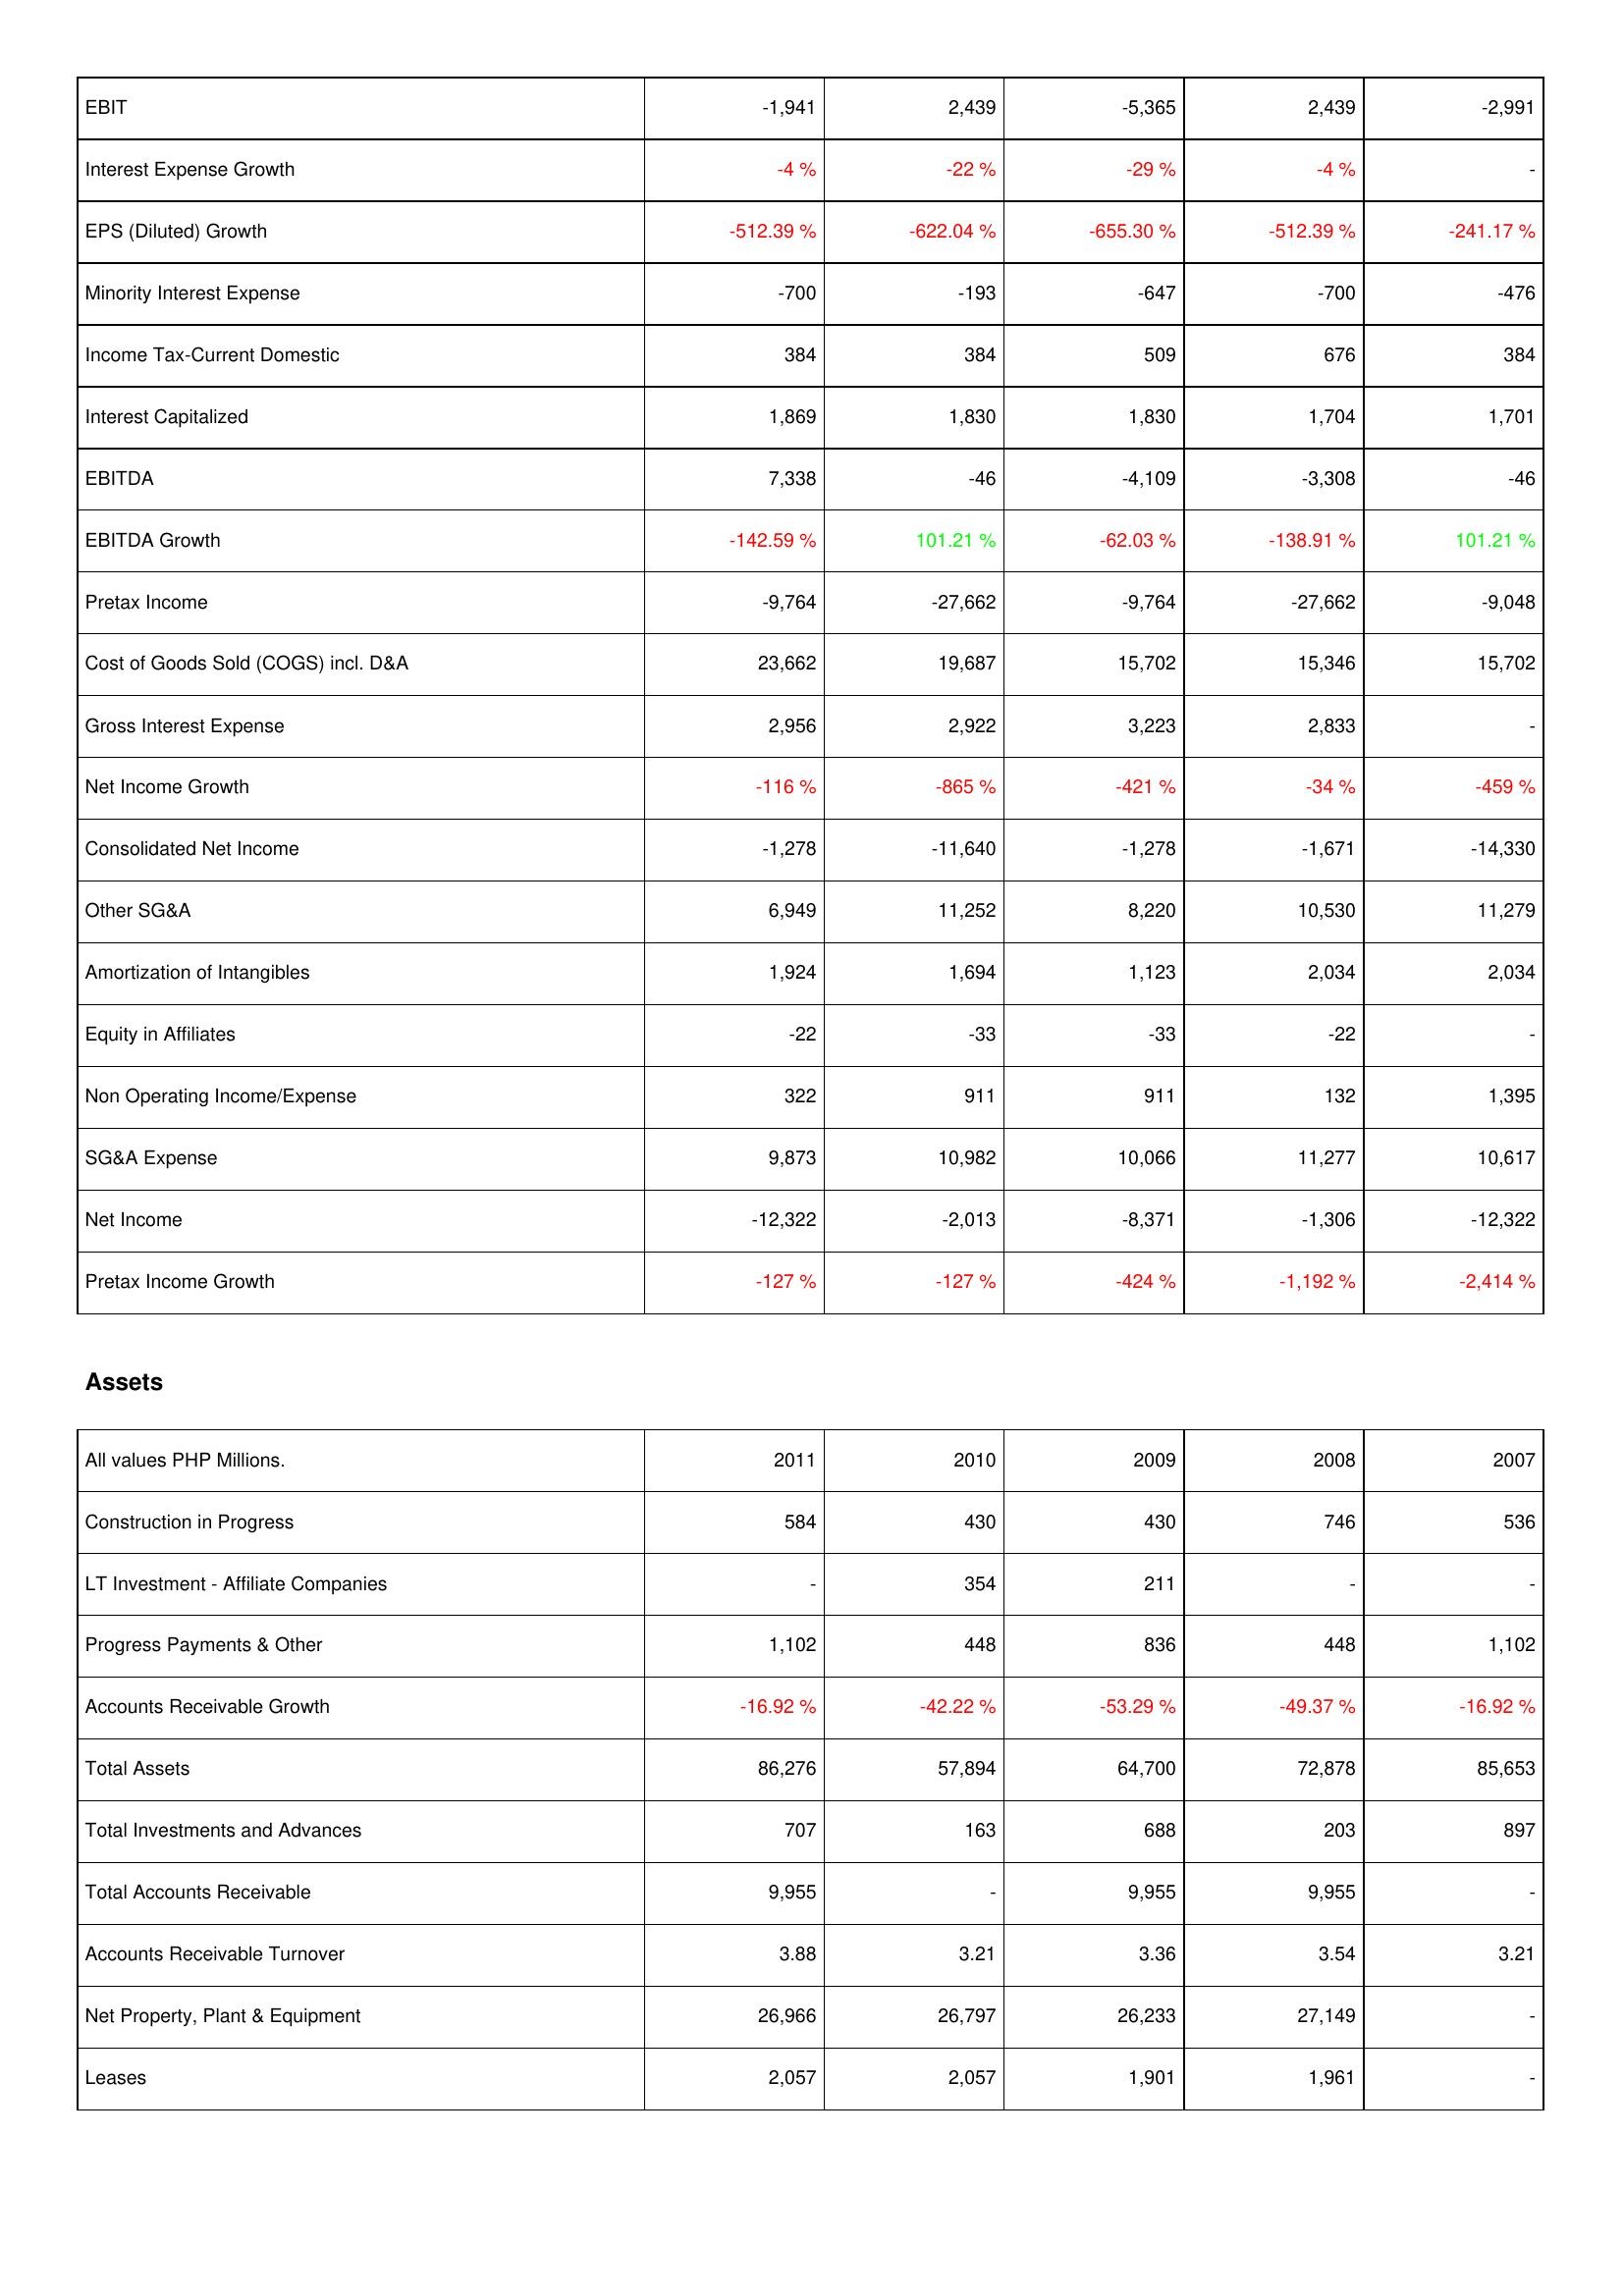
2011: Income Statement: EBIT: -1,941
Interest Expense Growth: -4 %
EPS (Diluted) Growth: -512.39 %
Minority Interest Expense: -700
Income Tax-Current Domestic: 384
Interest Capitalized: 1,869
EBITDA: 7,338
EBITDA Growth: -142.59 %
Pretax Income: -9,764
Cost of Goods Sold (COGS) incl. D&A: 23,662
Gross Interest Expense: 2,956
Net Income Growth: -116 %
Consolidated Net Income: -1,278
Other SG&A: 6,949
Amortization of Intangibles: 1,924
Equity in Affiliates: -22
Non Operating Income/Expense: 322
SG&A Expense: 9,873
Net Income: -12,322
Pretax Income Growth: -127 %
Assets: Construction in Progress: 584
LT Investment - Affiliate Companies: -
Progress Payments & Other: 1,102
Accounts Receivable Growth: -16.92 %
Total Assets: 86,276
Total Investments and Advances: 707
Total Accounts Receivable: 9,955
Accounts Receivable Turnover: 3.88
Net Property, Plant & Equipment: 26,966
Leases: 2,057
2010: Income Statement: EBIT: 2,439
Interest Expense Growth: -22 %
EPS (Diluted) Growth: -622.04 %
Minority Interest Expense: -193
Income Tax-Current Domestic: 384
Interest Capitalized: 1,830
EBITDA: -46
EBITDA Growth: 101.21 %
Pretax Income: -27,662
Cost of Goods Sold (COGS) incl. D&A: 19,687
Gross Interest Expense: 2,922
Net Income Growth: -865 %
Consolidated Net Income: -11,640
Other SG&A: 11,252
Amortization of Intangibles: 1,694
Equity in Affiliates: -33
Non Operating Income/Expense: 911
SG&A Expense: 10,982
Net Income: -2,013
Pretax Income Growth: -127 %
Assets: Construction in Progress: 430
LT Investment - Affiliate Companies: 354
Progress Payments & Other: 448
Accounts Receivable Growth: -42.22 %
Total Assets: 57,894
Total Investments and Advances: 163
Total Accounts Receivable: -
Accounts Receivable Turnover: 3.21
Net Property, Plant & Equipment: 26,797
Leases: 2,057
2009: Income Statement: EBIT: -5,365
Interest Expense Growth: -29 %
EPS (Diluted) Growth: -655.30 %
Minority Interest Expense: -647
Income Tax-Current Domestic: 509
Interest Capitalized: 1,830
EBITDA: -4,109
EBITDA Growth: -62.03 %
Pretax Income: -9,764
Cost of Goods Sold (COGS) incl. D&A: 15,702
Gross Interest Expense: 3,223
Net Income Growth: -421 %
Consolidated Net Income: -1,278
Other SG&A: 8,220
Amortization of Intangibles: 1,123
Equity in Affiliates: -33
Non Operating Income/Expense: 911
SG&A Expense: 10,066
Net Income: -8,371
Pretax Income Growth: -424 %
Assets: Construction in Progress: 430
LT Investment - Affiliate Companies: 211
Progress Payments & Other: 836
Accounts Receivable Growth: -53.29 %
Total Assets: 64,700
Total Investments and Advances: 688
Total Accounts Receivable: 9,955
Accounts Receivable Turnover: 3.36
Net Property, Plant & Equipment: 26,233
Leases: 1,901
2008: Income Statement: EBIT: 2,439
Interest Expense Growth: -4 %
EPS (Diluted) Growth: -512.39 %
Minority Interest Expense: -700
Income Tax-Current Domestic: 676
Interest Capitalized: 1,704
EBITDA: -3,308
EBITDA Growth: -138.91 %
Pretax Income: -27,662
Cost of Goods Sold (COGS) incl. D&A: 15,346
Gross Interest Expense: 2,833
Net Income Growth: -34 %
Consolidated Net Income: -1,671
Other SG&A: 10,530
Amortization of Intangibles: 2,034
Equity in Affiliates: -22
Non Operating Income/Expense: 132
SG&A Expense: 11,277
Net Income: -1,306
Pretax Income Growth: -1,192 %
Assets: Construction in Progress: 746
LT Investment - Affiliate Companies: -
Progress Payments & Other: 448
Accounts Receivable Growth: -49.37 %
Total Assets: 72,878
Total Investments and Advances: 203
Total Accounts Receivable: 9,955
Accounts Receivable Turnover: 3.54
Net Property, Plant & Equipment: 27,149
Leases: 1,961
2007: Income Statement: EBIT: -2,991
Interest Expense Growth: -
EPS (Diluted) Growth: -241.17 %
Minority Interest Expense: -476
Income Tax-Current Domestic: 384
Interest Capitalized: 1,701
EBITDA: -46
EBITDA Growth: 101.21 %
Pretax Income: -9,048
Cost of Goods Sold (COGS) incl. D&A: 15,702
Gross Interest Expense: -
Net Income Growth: -459 %
Consolidated Net Income: -14,330
Other SG&A: 11,279
Amortization of Intangibles: 2,034
Equity in Affiliates: -
Non Operating Income/Expense: 1,395
SG&A Expense: 10,617
Net Income: -12,322
Pretax Income Growth: -2,414 %
Assets: Construction in Progress: 536
LT Investment - Affiliate Companies: -
Progress Payments & Other: 1,102
Accounts Receivable Growth: -16.92 %
Total Assets: 85,653
Total Investments and Advances: 897
Total Accounts Receivable: -
Accounts Receivable Turnover: 3.21
Net Property, Plant & Equipment: -
Leases: -